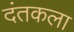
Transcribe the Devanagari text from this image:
दंतकला